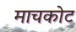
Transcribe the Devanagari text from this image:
माचकोट